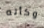
وكأنه